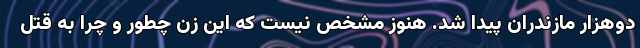
دوهزار مازندران پیدا شد. هنوز مشخص نیست که این زن چطور و چرا به قتل